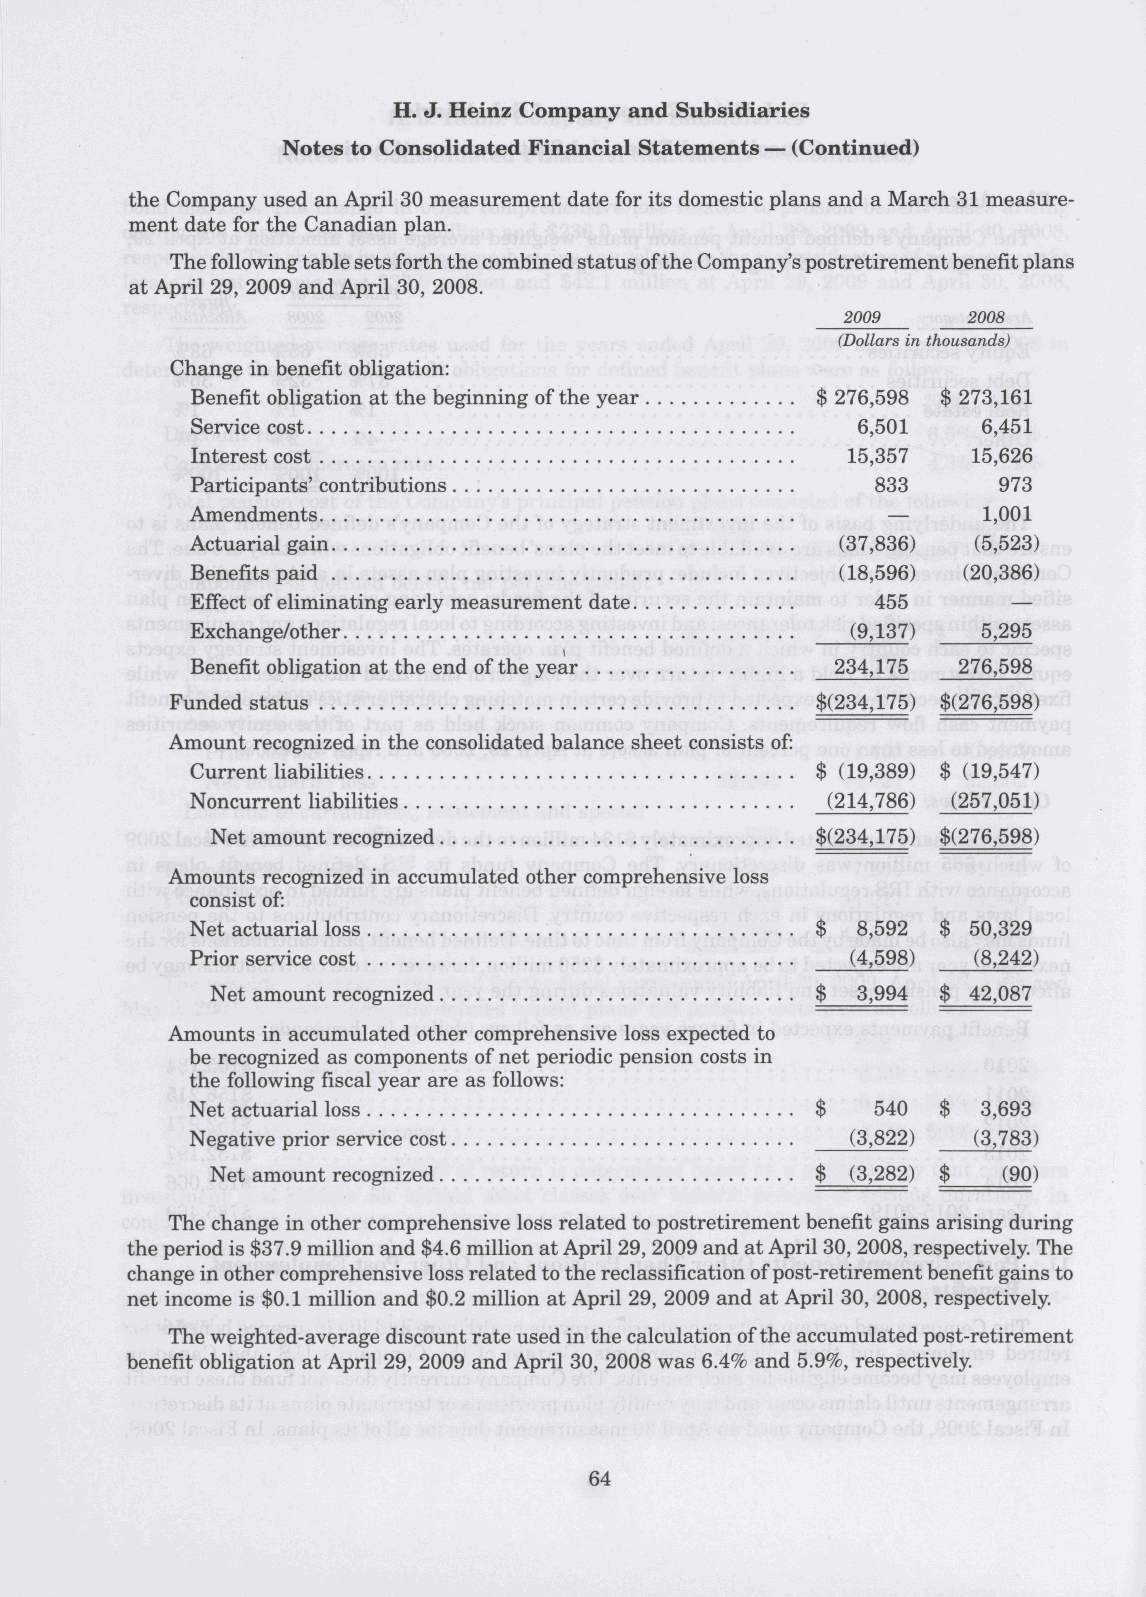
the Company used an April 30 measurement date for its domestic plans and a March 31 measure-
 ment date for the Canadian plan.
 The following table sets forth the combined status of the Company's postretirement benefit plans
 at April 29, 2009 and April 30, 2008.
 2009    2008
 (Dollars in thousands)
 Change in benefit obligation:
 Benefit obligation at the beginning of the year $ 276,598 $ 273,161
 Service cost                                6,501   6,451
 Interest cost                              15,357  15,626
 Participants' contributions                  833     973
 Amendments                                    —     1,001
 Actuarial gain                             (37,836) (5,523)
 Benefits paid                              (18,596) (20,386)
 Effect of eliminating early measurement date 455      —
 Exchange/other                             (9,137)  5,295
 Benefit obligation at the end of the year 234,175  276,598
 Funded status                              $(234,175) $(276,598)
 Amount recognized in the consolidated balance sheet consists of:
 Current liabilities                      $ (19,389) $ (19,547)
 Noncurrent liabilities                    (214,786) (257,051)
 Net amount recognized                   $(234,175) $(276,598)
 Amounts recognized in accumulated other comprehensive loss
 consist of:
 Net actuarial loss                       $  8,592 $ 50,329
 Prior service cost                         (4,598)  (8,242)
 Net amount recognized                   $  3,994 $ 42,087
 Amounts in accumulated other comprehensive loss expected to
 be recognized as components of net periodic pension costs in
 the following fiscal year are as follows:
 Net actuarial loss                       $   540 $  3,693
 Negative prior service cost                (3,822)  (3,783)
 Net amount recognized                   $ (3,282) $ (90)
 The change in other comprehensive loss related to postretirement benefit gains arising during
 the period is $37.9 million and $4.6 million at April 29, 2009 and at April 30, 2008, respectively. The
 change in other comprehensive loss related to the reclassification of post-retirement benefit gains to
 net income is $0.1 million and $0.2 million at April 29, 2009 and at April 30, 2008, respectively.
 The weighted-average discount rate used in the calculation of the accumulated post-retirement
 benefit obligation at April 29, 2009 and April 30, 2008 was 6.4% and 5.9%, respectively.